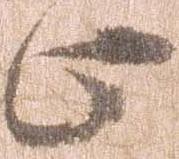
止